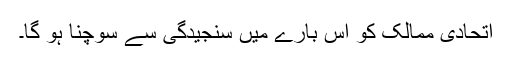
اتحادی ممالک کو اس بارے میں سنجیدگی سے سوچنا ہو گا۔